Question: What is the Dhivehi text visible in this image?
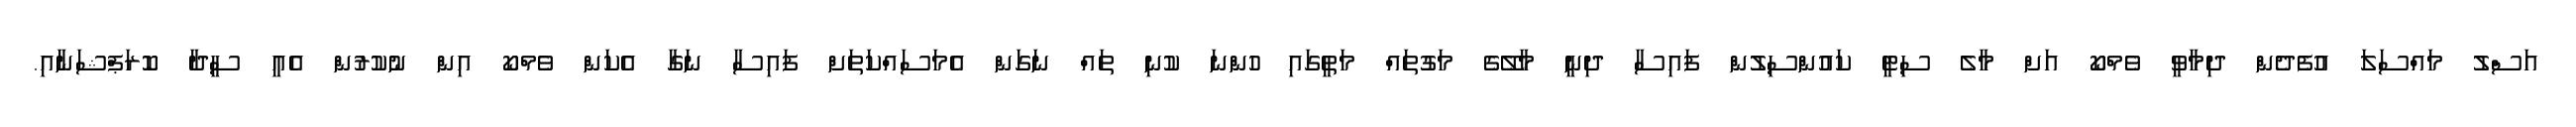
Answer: އަސްލު މައްސަލަ އުފެދެން ދިމާވީ ވެމްކޯ އަށް މާލެ ސިޓީ ކައުންސިލުން ފައިސާ ދިނީ މާލޭގެ މަގުތައް މަތީގައި ހުންނަ ކުނި ތައް ނަގަން އެމަސައްކަތަށް ފައިސާ ނަގާ އެކަން ވެމްކޯ އިން ނުކުރުން އެއީ ސީދާ ކޮރަޕްޝަނާއި.